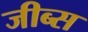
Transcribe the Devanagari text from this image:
जीब्स